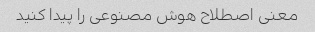
معنی اصطلاح هوش مصنوعی را پیدا کنید